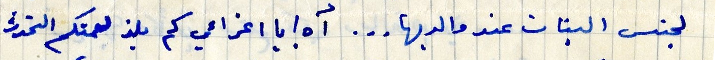
لجنس البنات عند والديها... أه! يا اعزائي كم يلز لعمتكم التحدث